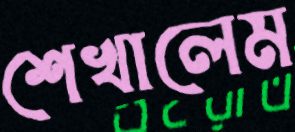
শেখালেম